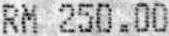
RM 250.00